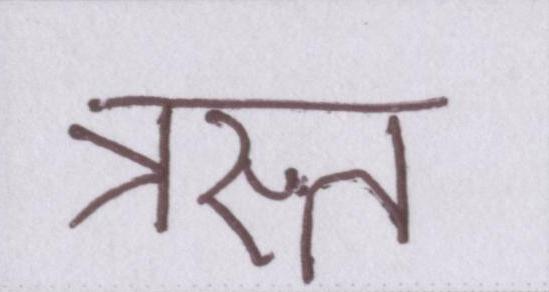
त्रस्त